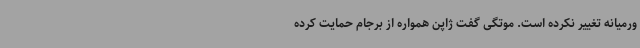
ورمیانه تغییر نکرده است. موتگی گفت ژاپن همواره از برجام حمایت کرده